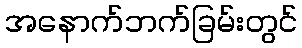
အနောက်ဘက်ခြမ်းတွင်